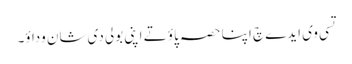
تسی وی ایدے چ اپنا حصہ پاؤ تے اپنی بولی دی شان وداؤ۔